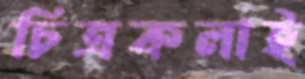
চিত্রকলাই